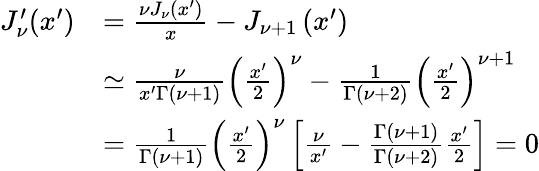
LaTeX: \begin{array}{rl}{J_{\nu}^{\prime}(x^{\prime})}&{=\frac{\nu J_{\nu}\left(x^{\prime}\right)}{x}-J_{\nu+1}\left(x^{\prime}\right)}\\ &{\simeq\frac{\nu}{x^{\prime}\Gamma\left(\nu+1\right)}\left(\frac{x^{\prime}}{2}\right)^{\nu}-\frac{1}{\Gamma\left(\nu+2\right)}\left(\frac{x^{\prime}}{2}\right)^{\nu+1}}\\ &{=\frac{1}{\Gamma(\nu+1)}\left(\frac{x^{\prime}}{2}\right)^{\nu}\left[\frac{\nu}{x^{\prime}}-\frac{\Gamma(\nu+1)}{\Gamma(\nu+2)}\frac{x^{\prime}}{2}\right]=0}\end{array}